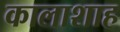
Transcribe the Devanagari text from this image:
कालाशाह